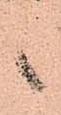
候